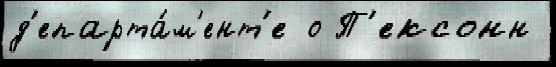
д'епарта́м'ент'е о П'ексонн